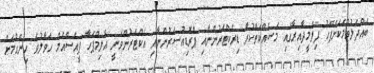
ބައްދަލުވުމަކަށްފަހު ފިލްމީދާއިރާގައި މަސައްކަތްކުރާ ޑިރެކްޓަރުންނާއި ޕްރޮޑިއުސަރުންނާއި އެކްޓަރުންވަނީ އޮލިމްޕަހާ ޕީއެސްއެމް ހަވާލުވެ ހިންގުމަށް